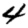
Digit: 4